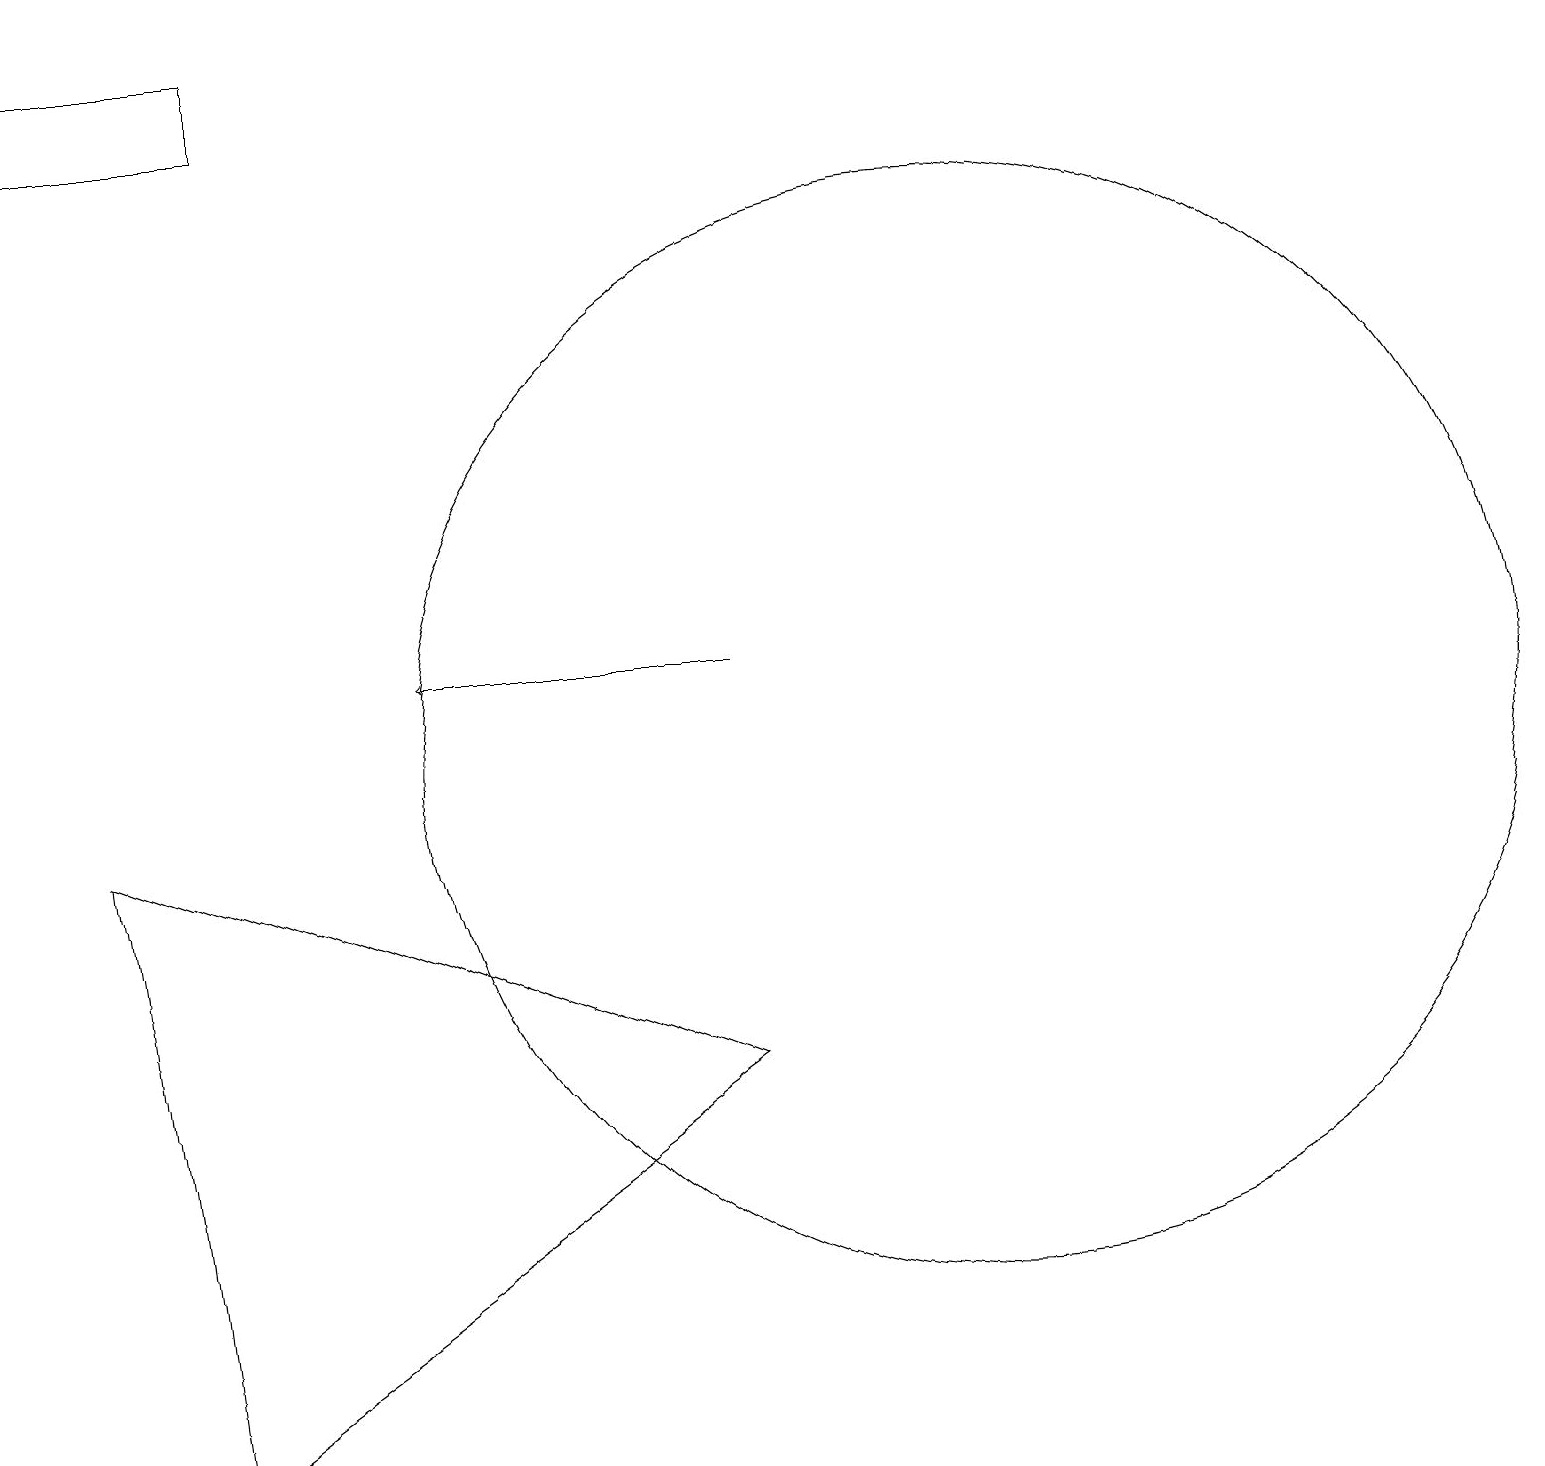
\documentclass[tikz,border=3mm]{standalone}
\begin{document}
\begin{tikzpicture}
\draw (3,19) rectangle (0,18);
\draw (10,11) circle (0);
\draw (9,6) -- (1,9) -- (2,1) -- cycle;
\draw (12,10) circle (7);
\draw[->] (9,11) -- (5,11);
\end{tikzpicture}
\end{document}